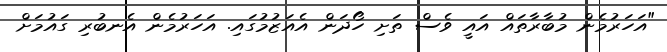
"އަހަރުމެން މުބާރާތައް އައީ ވެސް ތަށި ހޯދަން އެއަޒުމުގައި. އަހަރުމެން އެނބުރި ގައުމަށް